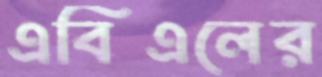
এবিএলের